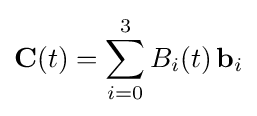
\mathbf {C} (t)=\sum _{i=0}^{3}B_{i}(t)\,\mathbf {b} _{i}